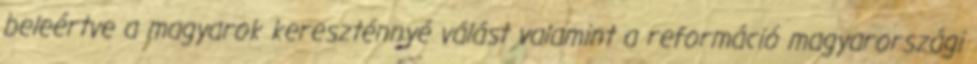
beleértve a magyarok kereszténnyé válást valamint a reformáció magyarországi